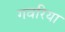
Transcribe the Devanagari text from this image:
गवरिया